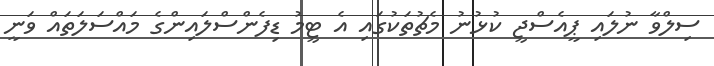
ސިލްވާ ނުލައި ޕީއެސްޖީ ކުޅުނު މެޗުތަކުގައި އެ ޓީމު ޑިފެންސްލައިންގެ މައްސަލަތައް ވަނީ